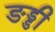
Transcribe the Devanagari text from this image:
ङड्डी